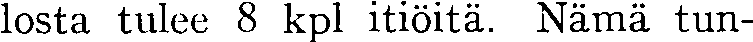
losta tulee 8 kpl itiöitä. Nämä tun-